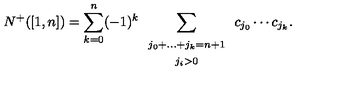
N ^ { + } ( [ 1 , n ] ) = \sum _ { k = 0 } ^ { n } ( - 1 ) ^ { k } \sum _ { \begin{array} { c } { \scriptstyle j _ { 0 } + \dots + j _ { k } = n + 1 } \\ { \scriptstyle j _ { i } > 0 } \\ \end{array} } c _ { j _ { 0 } } \cdots c _ { j _ { k } } .